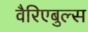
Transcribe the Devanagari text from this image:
वैरिएबुल्स